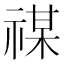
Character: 禖